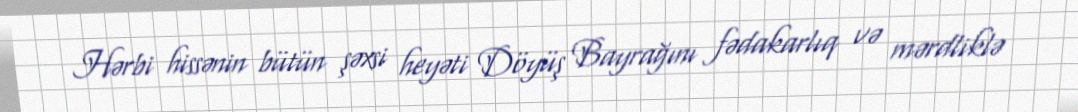
Hərbi hissənin bütün şəxsi heyəti Döyüş Bayrağını fədakarlıq və mərdliklə